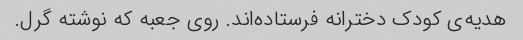
هدیه‌ی کودک دخترانه فرستاده‌اند. روی جعبه که نوشته گرل.